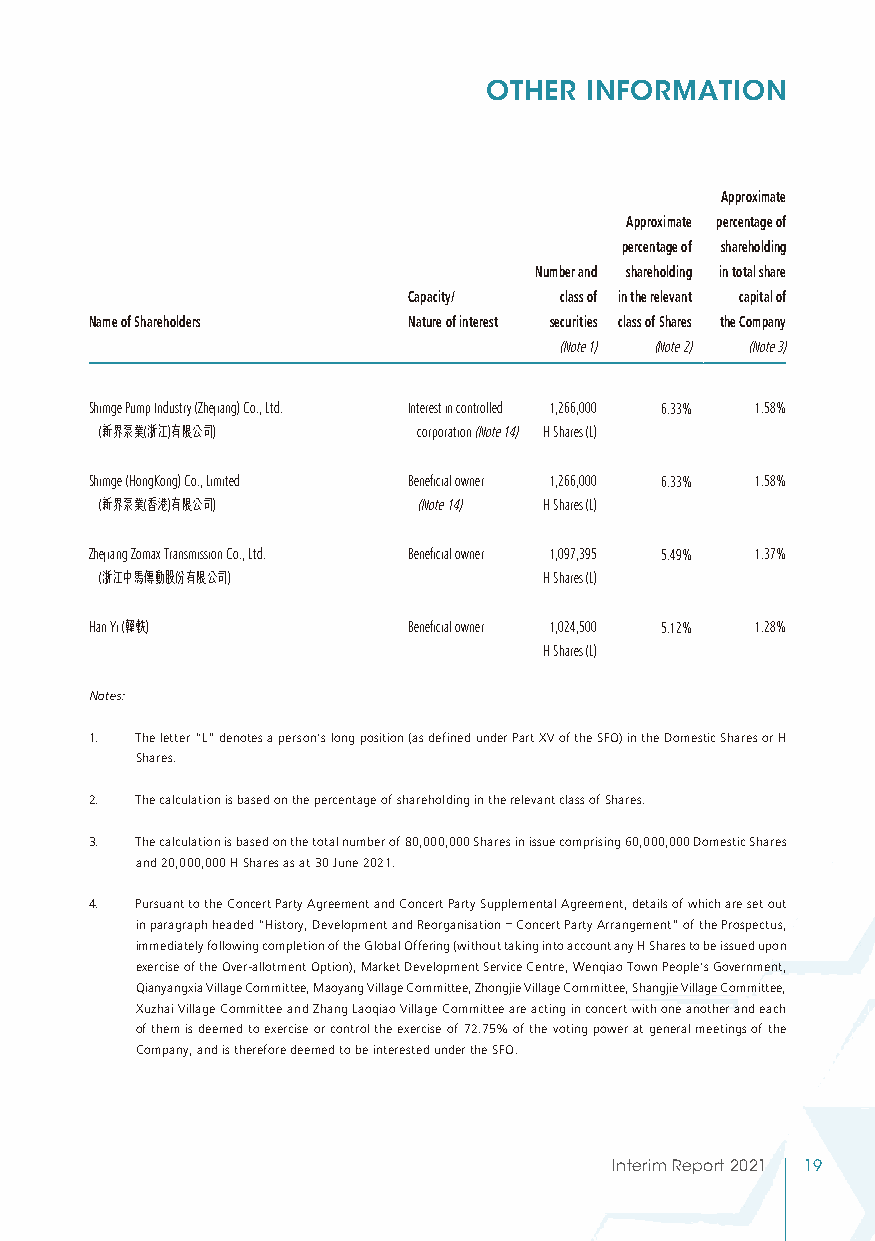
OTHER  INFORMATION
 Approximate
 Approximate percentage of
 percentage of shareholding
 Number and shareholding in total share
 Capacity/ class of in the relevant capital of
 Name of Shareholders Nature of interest securities class of Shares the Company
 (Note 1) (Note 2) (Note 3)
 Shimge Pump Industry (Zhejiang) Co., Ltd. Interest in controlled 1,266,000 6.33% 1.58%
 (新界泵業(浙江)有限公司)       corporation (Note 14) H Shares (L)
 Shimge (HongKong) Co., Limited Beneficial owner 1,266,000 6.33% 1.58%
 (新界泵業(香港)有限公司)       (Note 14) H Shares (L)
 Zhejiang Zomax Transmission Co., Ltd. Beneficial owner 1,097,395 5.49% 1.37%
 (浙江中馬傳動股份有限公司)               H Shares (L)
 Han Yi (韓軼)          Beneficial owner 1,024,500 5.12% 1.28%
 H Shares (L)
 Notes:
 1. The letter “L” denotes a person’s long position (as defined under Part XV of the SFO) in the Domestic Shares or H
 Shares.
 2. The calculation is based on the percentage of shareholding in the relevant class of Shares.
 3. The calculation is based on the total number of 80,000,000 Shares in issue comprising 60,000,000 Domestic Shares
 and 20,000,000 H Shares as at 30 June 2021.
 4. Pursuant to the Concert Party Agreement and Concert Party Supplemental Agreement, details of which are set out
 in paragraph headed “History, Development and Reorganisation – Concert Party Arrangement” of the Prospectus,
 immediately following completion of the Global Offering (without taking into account any H Shares to be issued upon
 exercise of the Over-allotment Option), Market Development Service Centre, Wenqiao Town People’s Government,
 Qianyangxia Village Committee, Maoyang Village Committee, Zhongjie Village Committee, Shangjie Village Committee,
 Xuzhai Village Committee and Zhang Laoqiao Village Committee are acting in concert with one another and each
 of them is deemed to exercise or control the exercise of 72.75% of the voting power at general meetings of the
 Company, and is therefore deemed to be interested under the SFO.
 Interim Report 2021 19